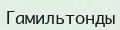
Гамильтонды